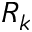
R _ { k }